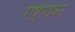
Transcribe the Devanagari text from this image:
राष्ट्रीयकर